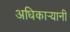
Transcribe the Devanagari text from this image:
अधिकाऱ्यानी